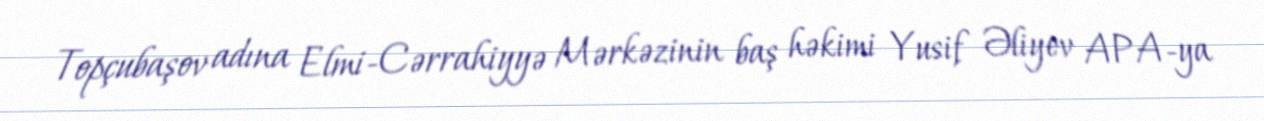
Topçubaşov adına Elmi-Cərrahiyyə Mərkəzinin baş həkimi Yusif Əliyev APA-ya